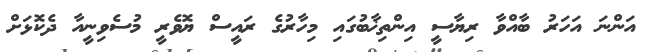
އަންނަ އަހަރު ބާއްވާ ރިޔާސީ އިންތިޚާބުގައި މިހާރުގެ ރައީސް ޔޮވެރީ މުސެވިނީއާ ދެކޮޅަށް